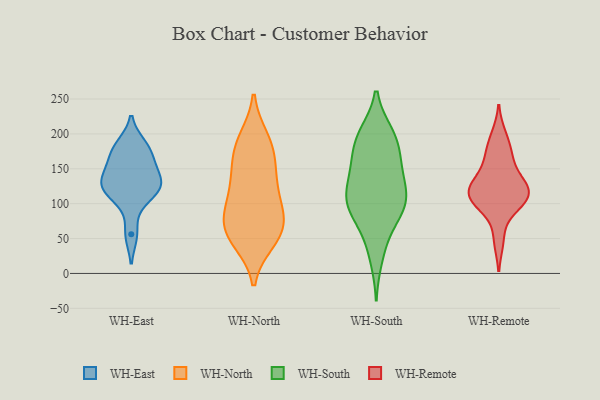
{"axis": {"x": "Backlog", "y": "Value"}, "legend": ["WH-East", "WH-North", "WH-Remote", "WH-South"], "data": [{"x": "", "y": 127, "type": "WH-East"}, {"x": "", "y": 56, "type": "WH-East"}, {"x": "", "y": 152, "type": "WH-East"}, {"x": "", "y": 130, "type": "WH-East"}, {"x": "", "y": 163, "type": "WH-East"}, {"x": "", "y": 184, "type": "WH-East"}, {"x": "", "y": 179, "type": "WH-East"}, {"x": "", "y": 106, "type": "WH-East"}, {"x": "", "y": 121, "type": "WH-East"}, {"x": "", "y": 129, "type": "WH-East"}, {"x": "", "y": 192, "type": "WH-North"}, {"x": "", "y": 93, "type": "WH-North"}, {"x": "", "y": 147, "type": "WH-North"}, {"x": "", "y": 47, "type": "WH-North"}, {"x": "", "y": 170, "type": "WH-North"}, {"x": "", "y": 57, "type": "WH-North"}, {"x": "", "y": 124, "type": "WH-North"}, {"x": "", "y": 193, "type": "WH-North"}, {"x": "", "y": 60, "type": "WH-North"}, {"x": "", "y": 173, "type": "WH-North"}, {"x": "", "y": 46, "type": "WH-North"}, {"x": "", "y": 134, "type": "WH-North"}, {"x": "", "y": 75, "type": "WH-North"}, {"x": "", "y": 86, "type": "WH-North"}, {"x": "", "y": 110, "type": "WH-North"}, {"x": "", "y": 72, "type": "WH-North"}, {"x": "", "y": 187, "type": "WH-South"}, {"x": "", "y": 49, "type": "WH-South"}, {"x": "", "y": 199, "type": "WH-South"}, {"x": "", "y": 200, "type": "WH-South"}, {"x": "", "y": 157, "type": "WH-South"}, {"x": "", "y": 110, "type": "WH-South"}, {"x": "", "y": 91, "type": "WH-South"}, {"x": "", "y": 139, "type": "WH-South"}, {"x": "", "y": 111, "type": "WH-South"}, {"x": "", "y": 150, "type": "WH-South"}, {"x": "", "y": 100, "type": "WH-South"}, {"x": "", "y": 145, "type": "WH-South"}, {"x": "", "y": 112, "type": "WH-South"}, {"x": "", "y": 198, "type": "WH-South"}, {"x": "", "y": 22, "type": "WH-South"}, {"x": "", "y": 99, "type": "WH-South"}, {"x": "", "y": 176, "type": "WH-South"}, {"x": "", "y": 74, "type": "WH-South"}, {"x": "", "y": 96, "type": "WH-South"}, {"x": "", "y": 105, "type": "WH-Remote"}, {"x": "", "y": 167, "type": "WH-Remote"}, {"x": "", "y": 106, "type": "WH-Remote"}, {"x": "", "y": 104, "type": "WH-Remote"}, {"x": "", "y": 120, "type": "WH-Remote"}, {"x": "", "y": 135, "type": "WH-Remote"}, {"x": "", "y": 48, "type": "WH-Remote"}, {"x": "", "y": 102, "type": "WH-Remote"}, {"x": "", "y": 172, "type": "WH-Remote"}, {"x": "", "y": 197, "type": "WH-Remote"}, {"x": "", "y": 130, "type": "WH-Remote"}, {"x": "", "y": 124, "type": "WH-Remote"}]}